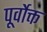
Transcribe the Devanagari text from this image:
पूर्वाेक्त